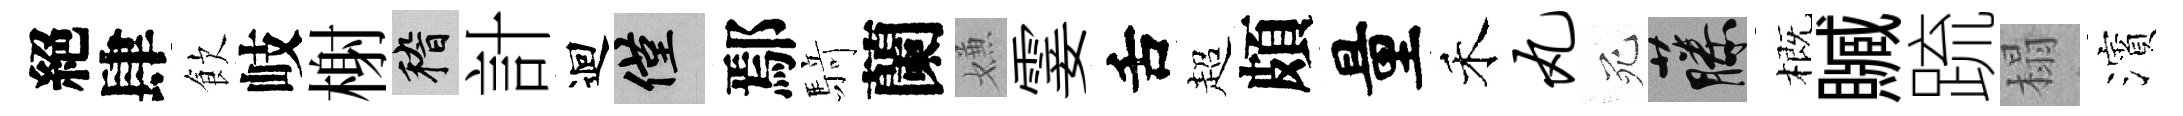
絕肆飲岐榭稽計迴僅鄢𮪍蘭嫌霎舌超頗量禾丸死藤概贓䟽榻濱